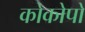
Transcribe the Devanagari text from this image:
कोकोपो